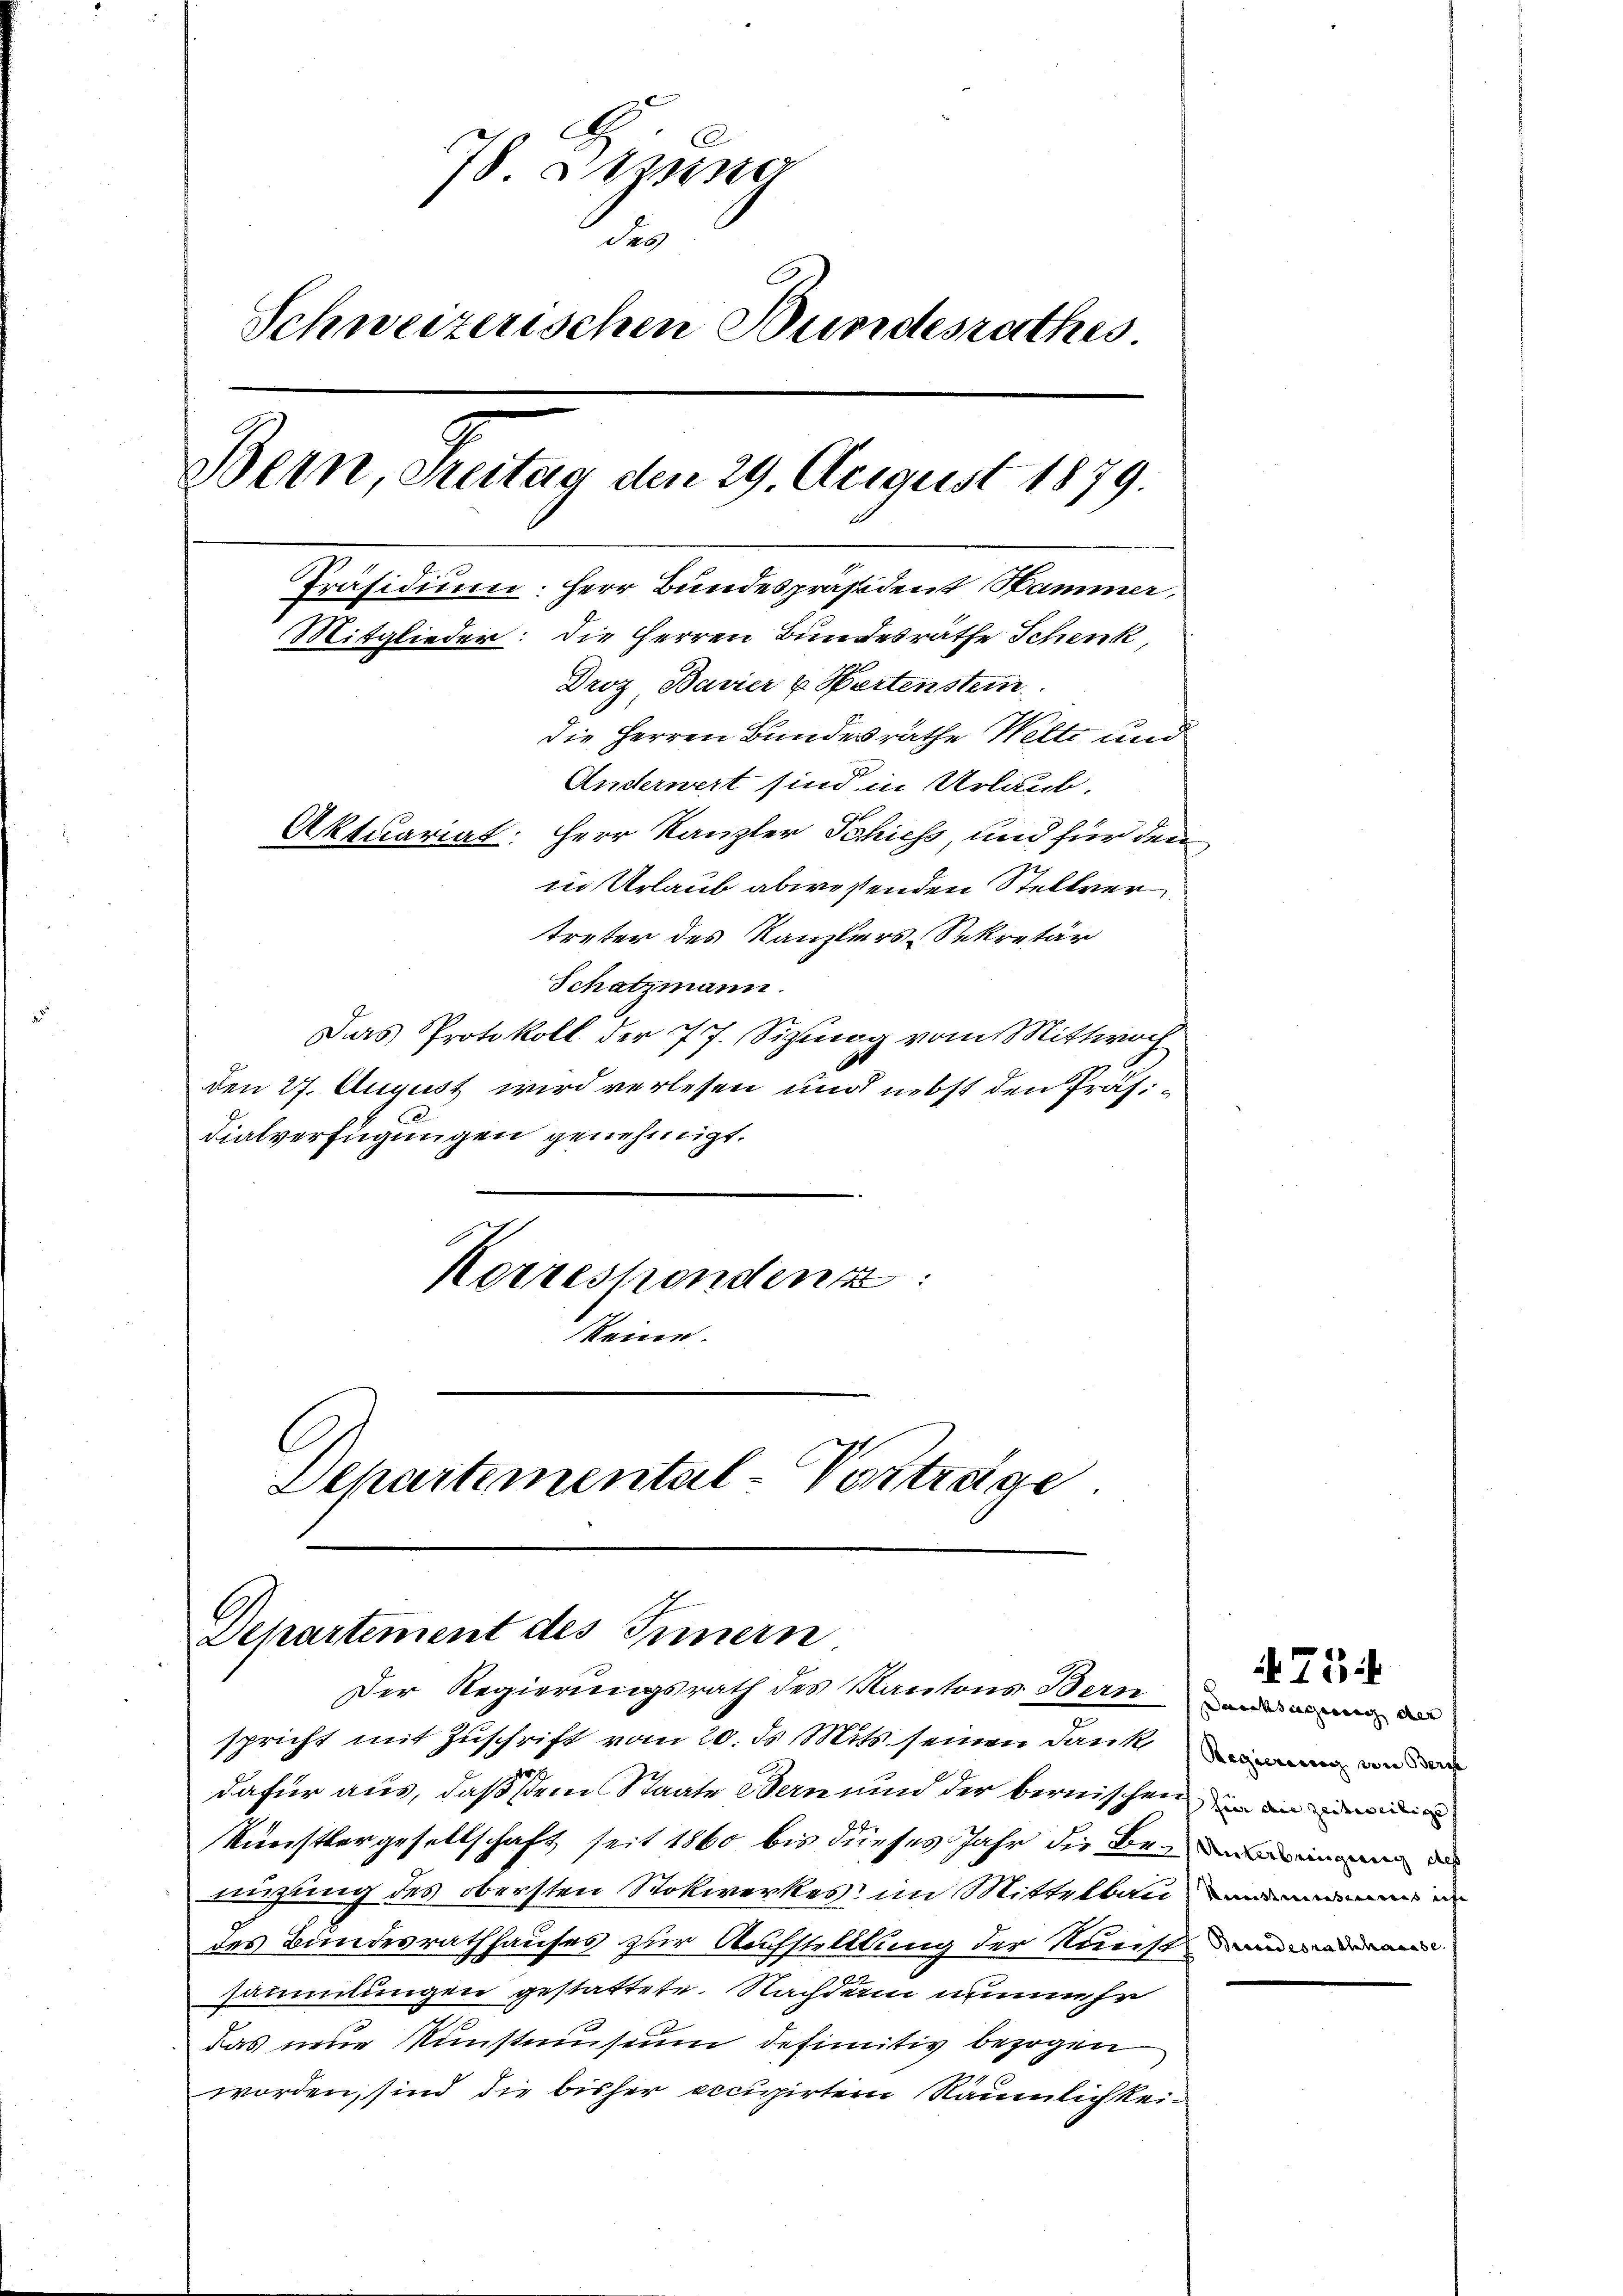
treter des Kanzlers Sekretär
Schatzmann.
Das Protokoll der 77. Sizinag vom Mittwoch
den 27. August wird verlesen und nebst den Präsidialverfügungen genehmigt.
Korrespondenz
keine.
Departemental-Vorträge

d
C
78 Stzung
d
Schweizerischen Bundesrathes
Bern, Seitag den 29. August 1879.
Präsidium: Herr Bundespräsident Hammer,
Mitglieder: die Herren Bundesräthe Schenk,
Droz, Bavier u. Partenstein
die Herren Bundesrathe Welti und
Ändernert sind in Urlaub.
Aktuariat: Herr Kanzler Schiess, und für den
in Urlaub abwesenden Stellver¬

Dchartement des Innern.
Der Regierungsrath des Kantons Bern anden de

spricht mit Zuschrift vom 20. ds Mits. seinen Dank ein und ein
dafür aus, daß dem Staate Bern und der bernischen in an di
Kunstlergesellschaft seit 1860 bis dieses Jahr die Ben
Lingung des obersten Stokwerkes im Mittelbaum e
des Bundesrathhauses zur Aufstelllung der Kunstandera
sammungen gestattete. Nachdem nunmehr
das neue Kunstmuseum definitiv bezogen
worden, sind die bisher occupirten Räumlichkei¬

75